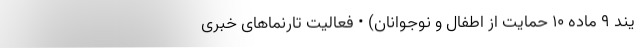
یند ۹ ماده ۱۰ حمایت از اطفال و نوجوانان) • فعالیت تارنماهای خبری